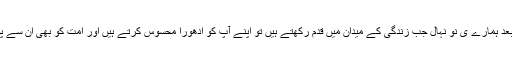
یہی وجہ ہے کہ فراغت کے بعد ہمارے ی نو نہال جب زندگی کے میدان میں قدم رکھتے ہیں تو اپنے آپ کو ادھورا محسوس کرتے ہیں اور امت کو بھی ان سے پورا فائدہ نہیں حاصل ہوتا ہے۔